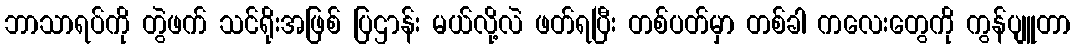
ဘာသာရပ်ကို တွဲဖက် သင်ရိုးအဖြစ် ပြဌာန်း မယ်လို့လဲ ဖတ်ရပြီး တစ်ပတ်မှာ တစ်ခါ ကလေးတွေကို ကွန်ပျူတာ